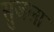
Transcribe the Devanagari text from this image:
सुजला